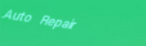
Auto Repair